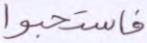
فاستحبوا